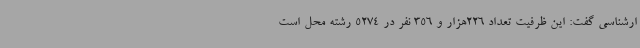
ارشناسی گفت: این ظرفیت تعداد 226هزار و 356 نفر در 5274 رشته محل است